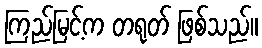
ကြည်မြင့်က တရုတ် ဖြစ်သည်။